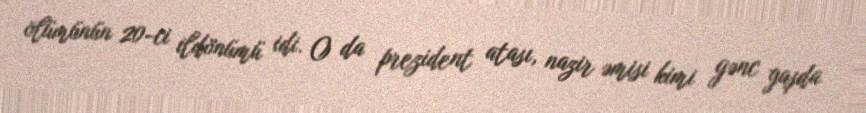
ölümünün 20-ci ildönümü idi. O da prezident atası, nazir əmisi kimi gənc yaşda